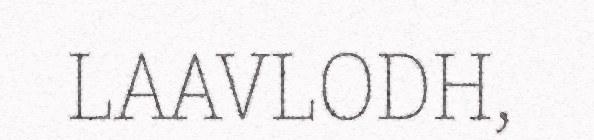
LAAVLODH,